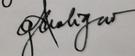
Signature authenticity: genuine